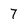
Character: 7